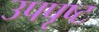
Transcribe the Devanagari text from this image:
उपपृष्ट